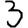
Digit: 3